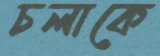
চলাকে